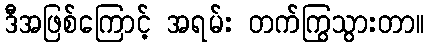
ဒီအဖြစ်ကြောင့် အရမ်း တက်ကြွသွားတာ။